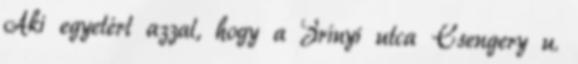
Aki egyetért azzal, hogy a Zrínyi utca Csengery u.